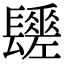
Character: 𨲻